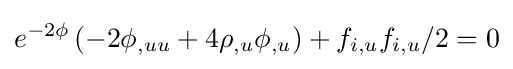
e^{-2\phi }\left(-2\phi _{,uu}+4\rho _{,u}\phi _{,u}\right)+f_{i,u}f_{i,u}/2=0